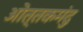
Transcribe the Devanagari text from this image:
ओत्तकमंदु